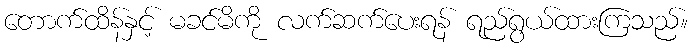
တောက်ထိန်နှင့် မခင်မိကို လက်ဆက်ပေးရန် ရည်ရွယ်ထားကြသည်။